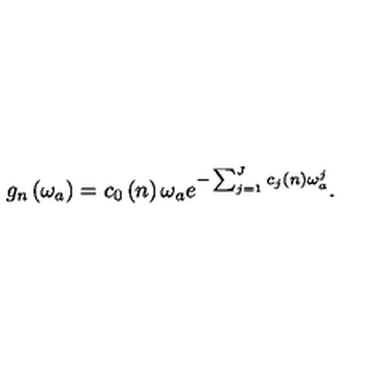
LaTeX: g _ { n } \left( \omega _ { a } \right) = c _ { 0 } \left( n \right) \omega _ { a } e ^ { - \sum _ { j = 1 } ^ { J } c _ { j } \left( n \right) \omega _ { a } ^ { j } } .